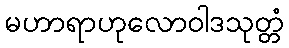
မဟာရာဟုလောဝါဒသုတ္တံ